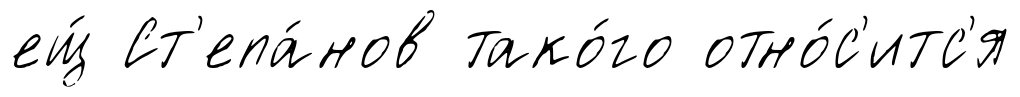
ещ́ Ст'епа́нов тако́го отно́с'итс'я